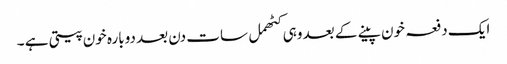
ایک دفعہ خون پینے کے بعد وہی کٹھمل سات دن بعد دوبارہ خون پیتی ہے ۔